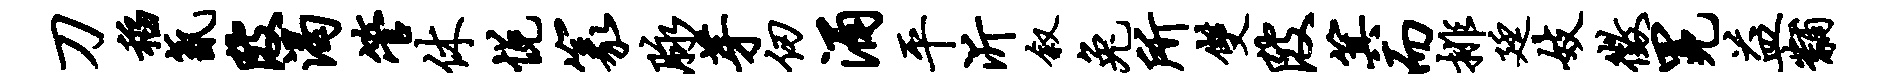
刀稻氤陂渴管休悦篆脉芽仞涌平沂叙兔所双陂箕而排廷妓征冕益黼